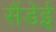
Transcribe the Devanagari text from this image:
सैंडेई